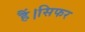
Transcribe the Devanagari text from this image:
हैं।सिफर